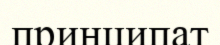
принципат